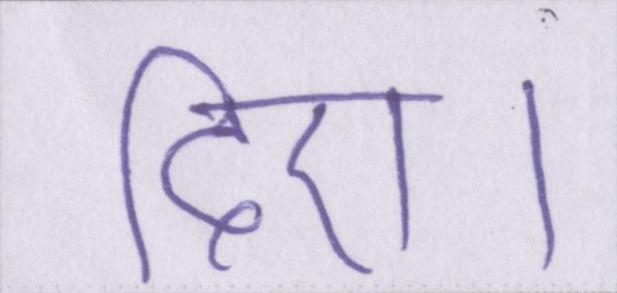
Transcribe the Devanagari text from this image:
दिए।